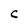
Character: C